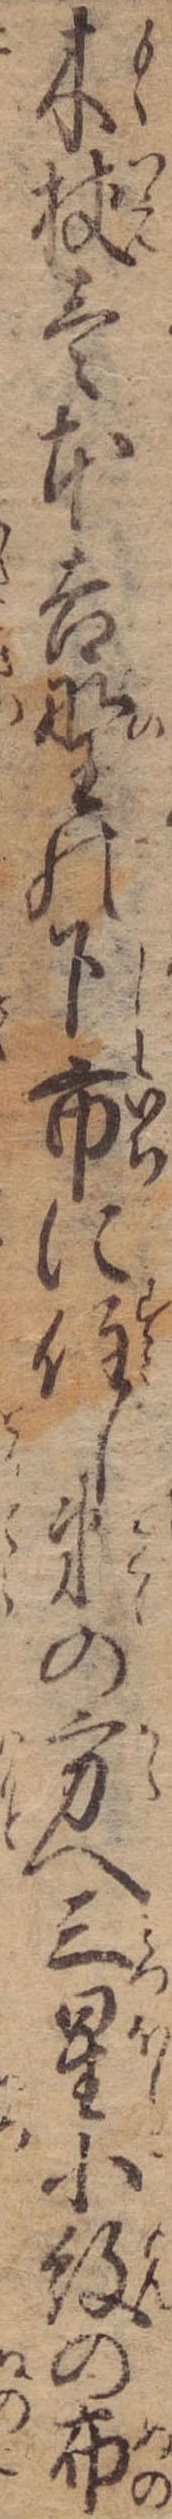
木杖壱本吉野の下市に住し弟の方へ三星小紋の布